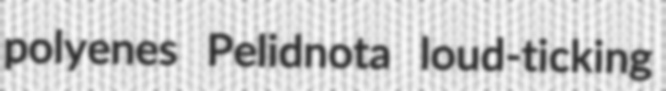
polyenes Pelidnota loud-ticking